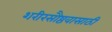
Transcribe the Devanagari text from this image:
शरीरसौष्ठवासाठी